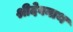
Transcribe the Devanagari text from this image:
श्रीदेवनाथ